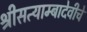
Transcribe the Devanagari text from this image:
श्रीसत्याम्बादेवीचे